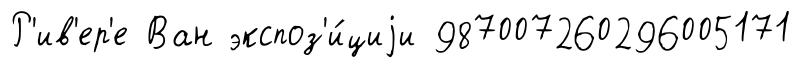
Р'ив'ер'е Ван экспоз'и́циjи 987007260296005171